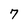
Character: 7